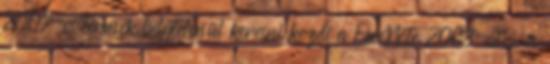
2007-es termék helytelenül keresni kezdi a OneNote 2003-at, és